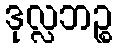
ဒုလ္လဘဉ္စ